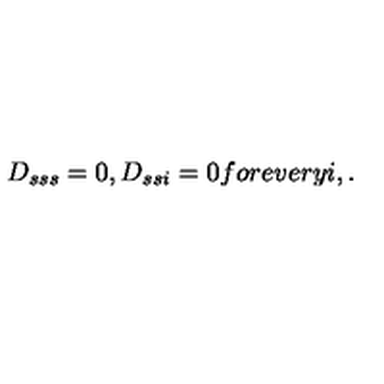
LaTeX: D _ { s s s } = 0 , D _ { s s i } = 0 f o r e v e r y i , .